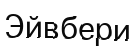
Эйвбери